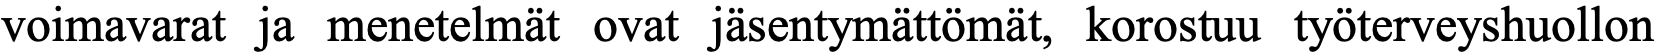
voimavarat ja menetelmät ovat jäsentymättömät, korostuu työterveyshuollon